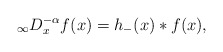
\begin{align*}_{\infty}D_{x}^{-\alpha}f(x)=h_{-}(x)\ast f(x),\end{align*}